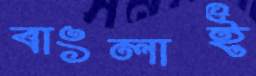
বাংলাই